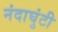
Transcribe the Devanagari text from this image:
नंदाघुंटी